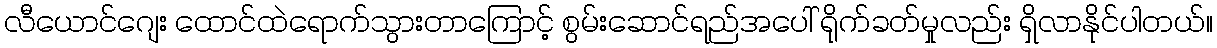
လီယောင်ဂျေး ထောင်ထဲရောက်သွားတာကြောင့် စွမ်းဆောင်ရည်အပေါ် ရိုက်ခတ်မှုလည်း ရှိလာနိုင်ပါတယ်။